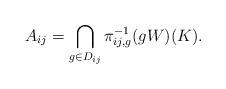
LaTeX: \begin{align*} A_{ij} = \bigcap_{g \in D_{ij}} \pi_{ij,g}^{-1} (gW) (K). \end{align*}